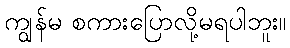
ကျွန်မ စကားပြောလို့မရပါဘူး။